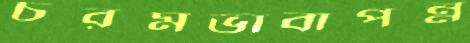
চরমভাবাপন্ন